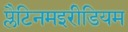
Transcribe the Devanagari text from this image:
प्लैटिनमइरीडियम